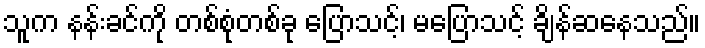
သူက နန်းခင်ကို တစ်စုံတစ်ခု ပြောသင့်၊ မပြောသင့် ချိန်ဆနေသည်။